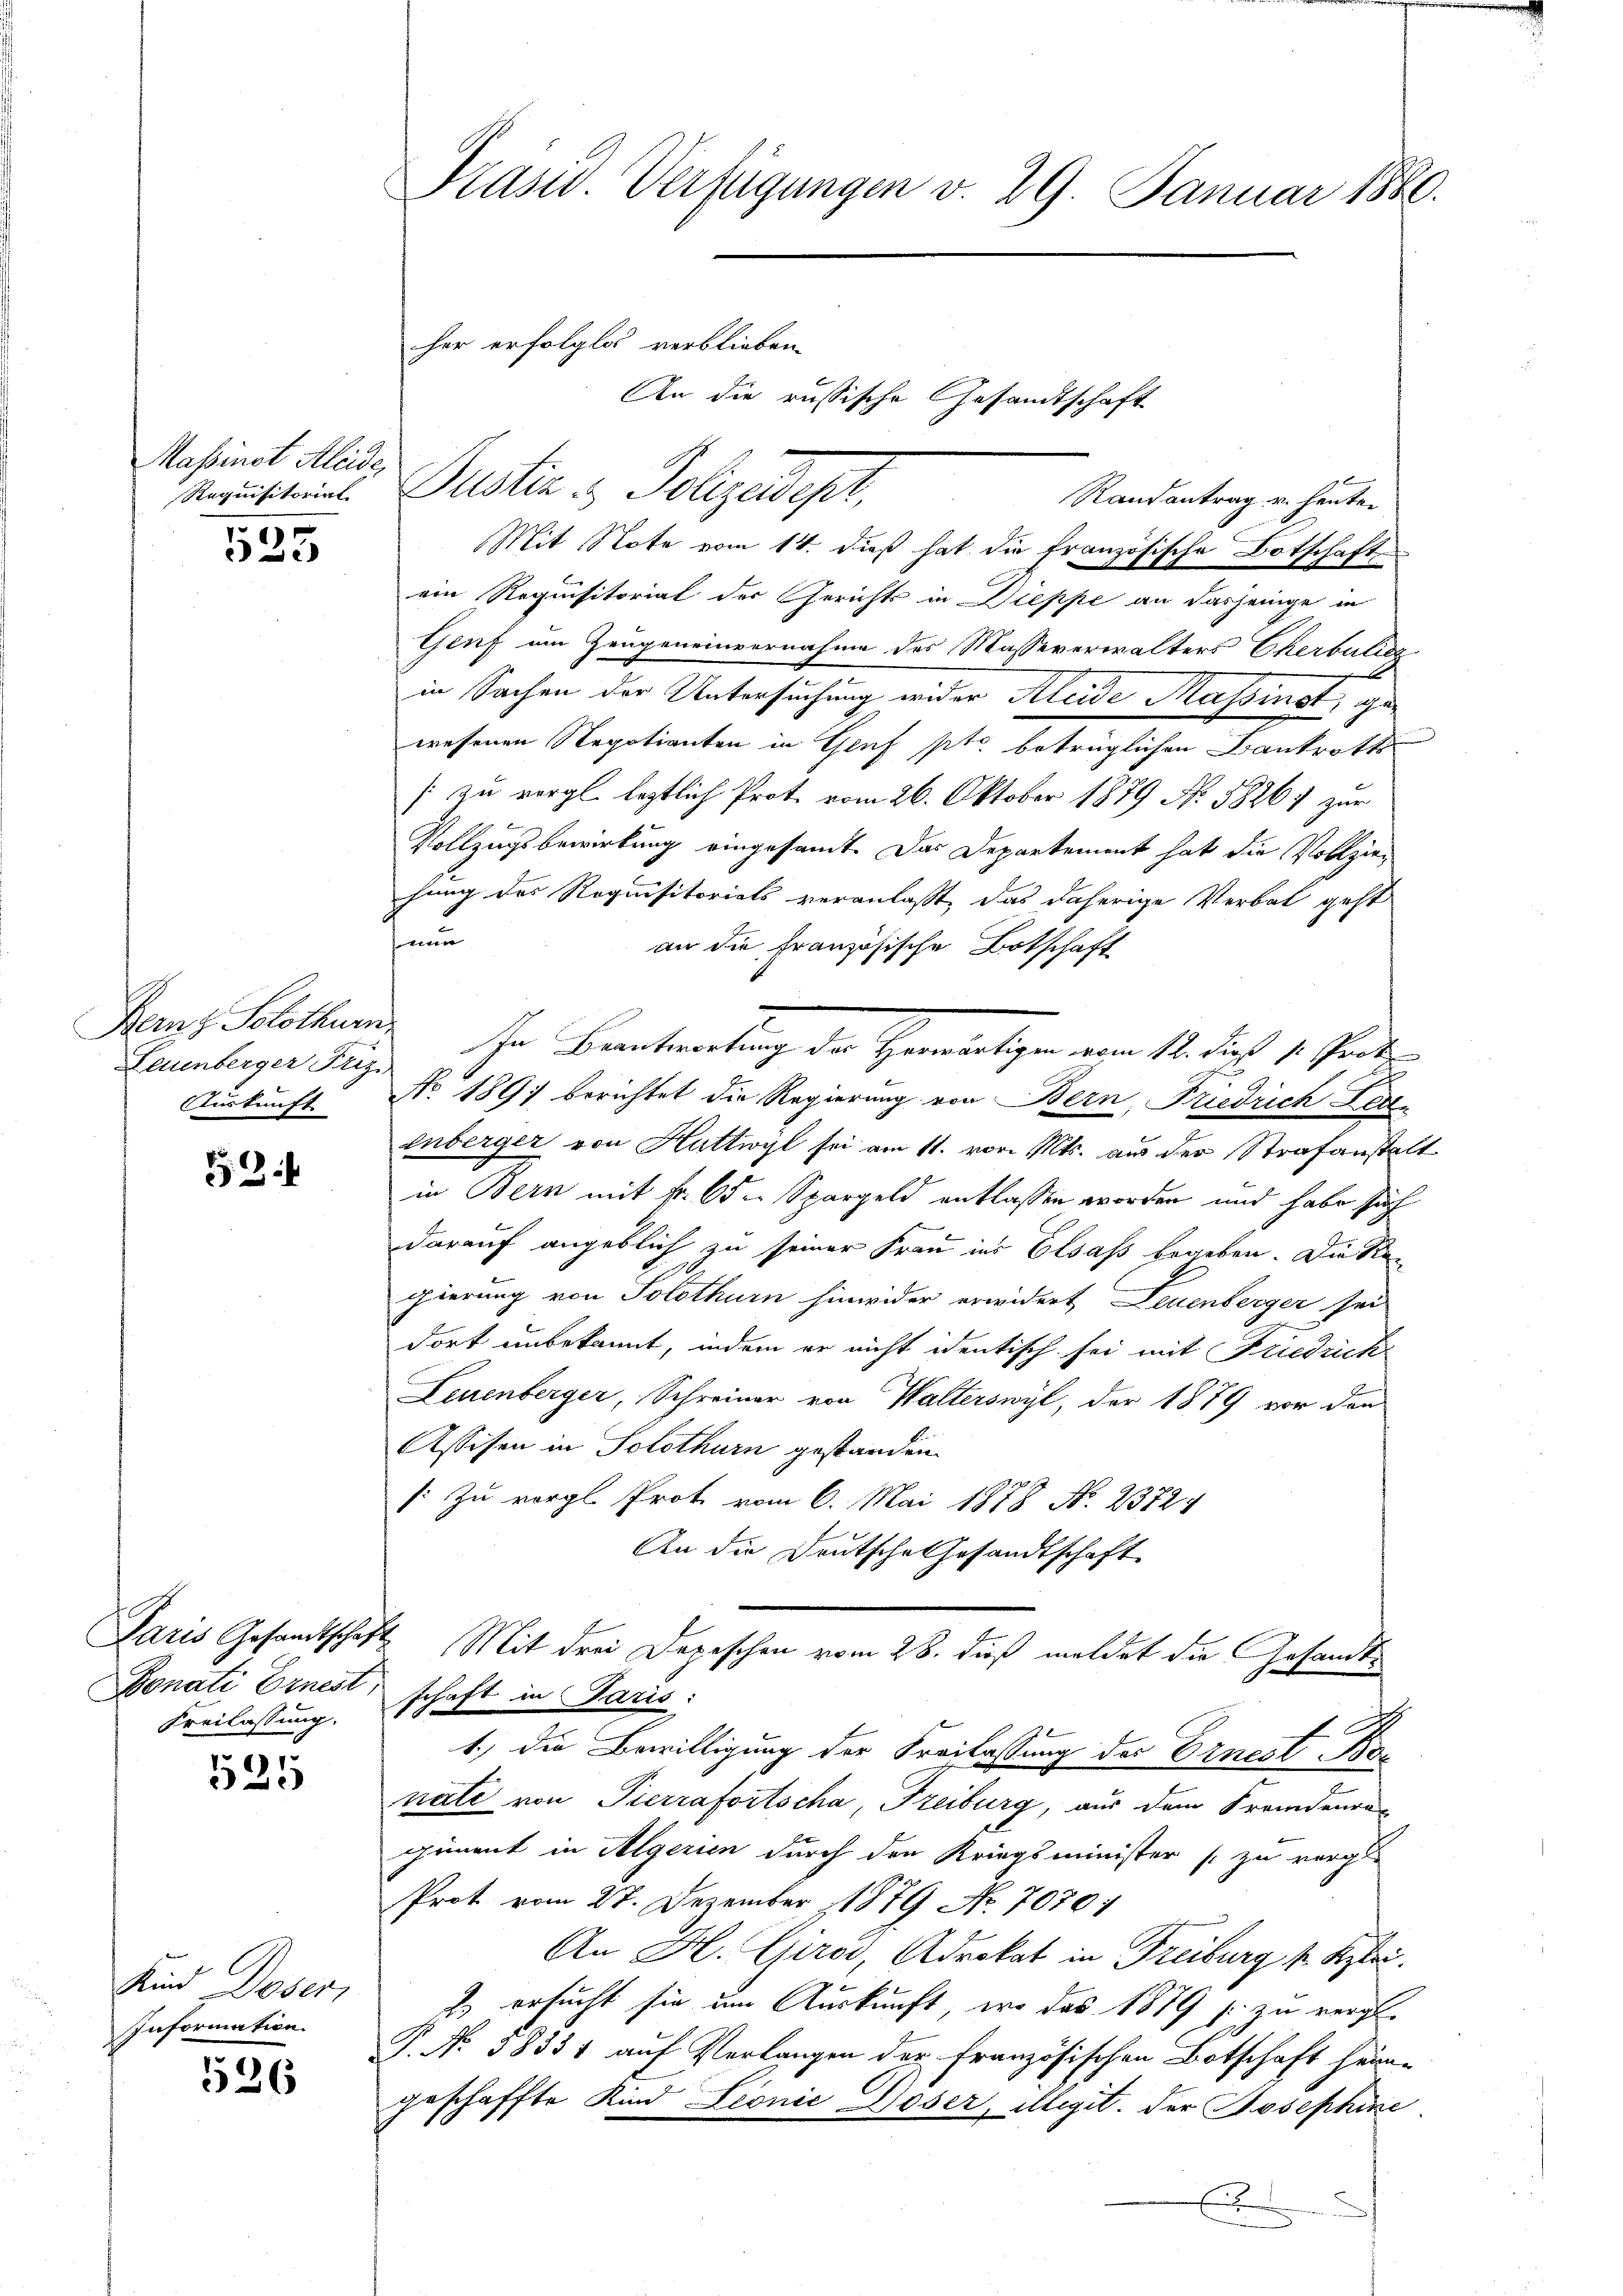
Massinet Aleide,
Requisitorial

525

Bern Solothurn
Leunberger Friz
Auskunft

2

Paris Gesandtschaft
Freilassung.

525

Kind Doser,
Information.

526

Präsid. Verfügungen v. 29. Januar 1880.

Randantrag u. heuten
Mit Note vom 14. daß hat die französische Botschaft
ein Requisitorial der Gerichts in Dieppe an dasjenige in
Genf am Zeugeneinvernahme des Masseverwalters Cherbalig
in Sachen der Untersuchung wider Kleide Massinst, gewesenen Negotianten in Genf pto betrüglichen Bankrotts
[zu vergl. leztlich Prot. vom 26. Oktober 1879 No 5826; zur
Vollzugsbewirkung eingesammt. Das Departement hat die Vollziehung des Requisitorials veranlaßt, das daherige Verbat geht
min
an die Französische Botschaft
In Beantwortung der Hereitigen vom 11. dieß s. Seite
No. 1891 berichtet die Regierung von Bern, Friedrich Leeenberger von Huttwyl sei am 11. von Mts. aus der Strafanstalt
in Bern mit Nr. 65. Spargeld entlassen worden und habe sich
darauf angeblich zu seiner Frau ins Elsaß begeben. Die Regierung von Solothurn hinwider erwidert Neuenberger sei
dort unbekannt, indem er nicht identisch sei mit Friedrick
Leuenberger, Schreiner von Walterswyl, der 1879 vor den
Assisen in Solothurn gestanden.
[: Zu vergl. Prot vom 6. Mai 1878 No. 23724
An die Deutsche Gesandtschaft
Mit drei Depeschen vom 28. dieß meldet die Gesandt¬
Bonati Ernest, schaft in Paris
1.) Die Bewilligung der Freilassung des Ernest Bonati von Pierrafortscha, Freiburg, aus dem Fremdenragiment in Algerien durch den Kriegsminister (zu vergl.
Prot vom 27. Dezember 1879 No. 7070:
An H. Giros, Advokat in Freiburg s. Klei
 ersucht sie um Auskunft, wo das 1879 s. zu vergl.
P. No. 18331 auf Verlangen der französischen Botschaft heim-
geschaffte Kind Leonić Doser, illegit. der Josephine.
E

her erfolglos verblieben.
Justiz & Polizeidigt,

An die russische Gesandtschaft